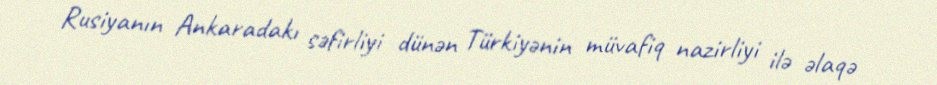
Rusiyanın Ankaradakı səfirliyi dünən Türkiyənin müvafiq nazirliyi ilə əlaqə